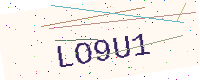
Text: LO9U1